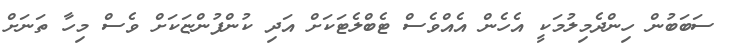
ސަބަބުން ހިންދެމިލުމަކީ އެހެން އެއްވެސް ޓެބްލެޓަކަށް އަދި ކުންފުންޏަކަށް ވެސް މިހާ ތަނަށް